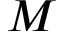
M